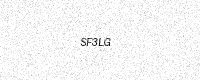
Text: SF3LG